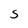
Character: S